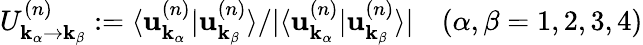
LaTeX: U_{\mathbf{k}_{\alpha}\rightarrow\mathbf{k}_{\beta}}^{(n)}:=\langle\mathbf{u}_{\mathbf{k}_{\alpha}}^{(n)}\vert\mathbf{u}_{\mathbf{k}_{\beta}}^{(n)}\rangle/\vert\langle\mathbf{u}_{\mathbf{k}_{\alpha}}^{(n)}\vert\mathbf{u}_{\mathbf{k}_{\beta}}^{(n)}\rangle\vert\quad(\alpha,\beta=1,2,3,4)